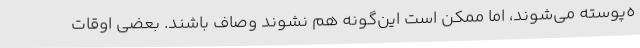
ه‌پوسته می‌شوند، اما ممکن است این‌گونه هم نشوند وصاف باشند. بعضی اوقات